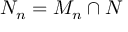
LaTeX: N _ { n } = M _ { n } \cap N